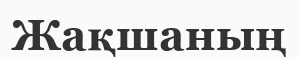
Жақшаның